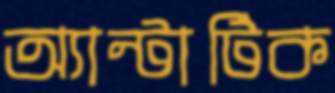
অ্যান্টার্টিক